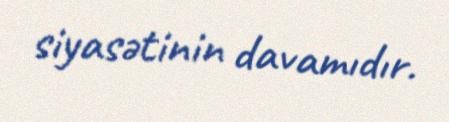
siyasətinin davamıdır.